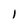
Character: 1